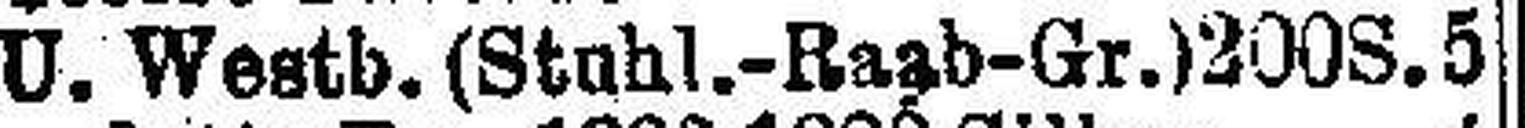
U. Westb. (Stuhl.-Raab-Gr.) 2008. 5